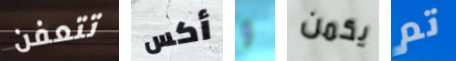
تتعفن أكس و يكمن تم